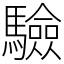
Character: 驗